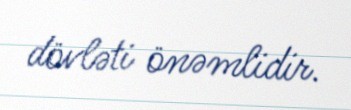
dövləti önəmlidir.